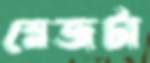
স্লেজটা